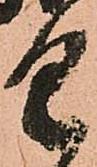
具